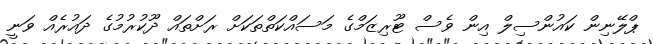
ޕްލޭނިން ކައުންސިލް އިން ވެސް ޓޫރިޒަމްގެ މަސައްކަތްތަކަށް ރަށްތައް ދޫކުރުމުގެ ދައުރެއް ވަނީ